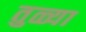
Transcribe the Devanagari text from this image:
तुळ्या